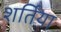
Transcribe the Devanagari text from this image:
शर्तिया